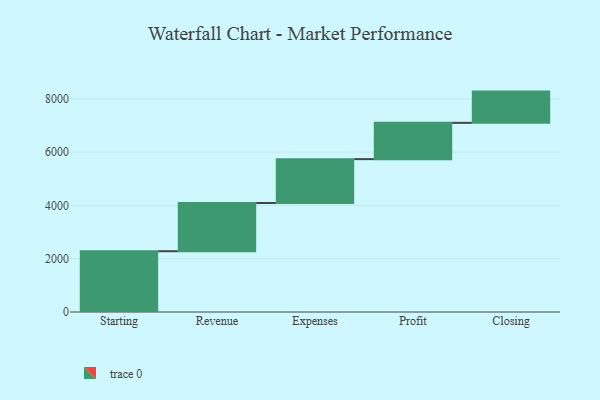
{"axis": {"x": "Step", "y": "Value"}, "legend": [""], "data": [{"x": "Starting", "y": 2281.0, "type": ""}, {"x": "Revenue", "y": 1810.0, "type": ""}, {"x": "Expenses", "y": 1647.0, "type": ""}, {"x": "Profit", "y": 1362.0, "type": ""}, {"x": "Closing", "y": 1173.0, "type": ""}]}